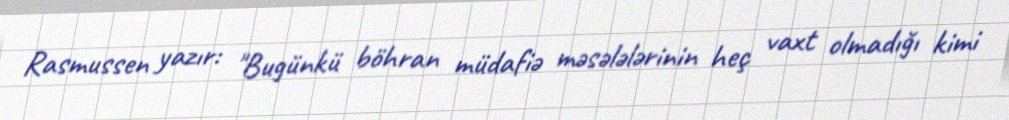
Rasmussen yazır: "Bugünkü böhran müdafiə məsələlərinin heç vaxt olmadığı kimi